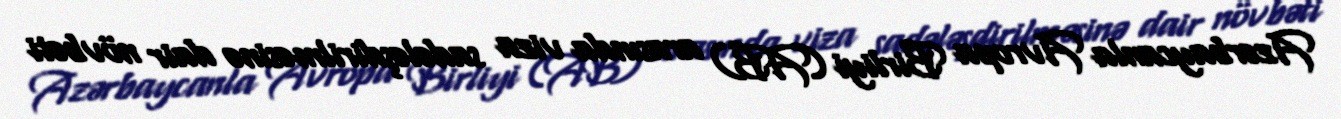
Azərbaycanla Avropa Birliyi (AB) arasında viza sadələşdirilməsinə dair növbəti